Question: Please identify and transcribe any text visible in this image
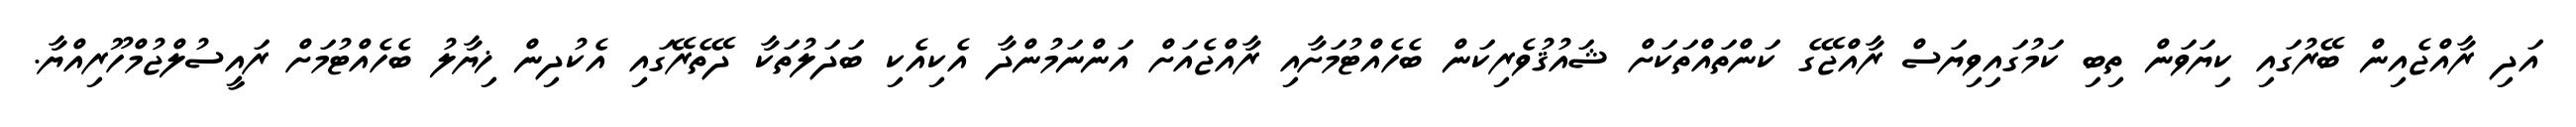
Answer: އަދި ރާއްޖެއިން ބޭރުގައި ކިޔަވަން ތިބި ކަމުގައިވިޔަސް ރާއްޖޭގެ ކަންތައްތަކަށް ޝައުޤުވެރިކަން ބެހެއްޓުމަށާއި ރާއްޖެއަށް އަންނަމުންދާ އެކިއެކި ބަދަލުތަކާ ދޭތެރޭގައި އެކުދިން ޚިޔާލު ބެހެއްޓުމަށް ރައީސުލްޖުމްހޫރިއްޔާ.